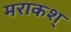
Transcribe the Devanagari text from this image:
मराकश्